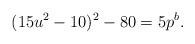
LaTeX: \begin{align*}(15u^2-10)^2 - 80 = 5p^b.\end{align*}